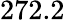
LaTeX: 272.2